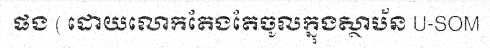
ផង ( ដោយលោកតែងតែចូលក្នុងស្ថាប័ន U-SOM